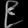
Digit: ၉